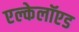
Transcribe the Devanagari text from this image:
एल्केलॉएड